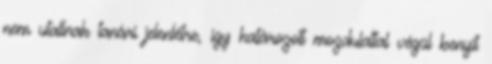
nem utallnak tanári jelenlétre, így határozott mozdulattal végül benyit